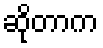
ဆိုတာက